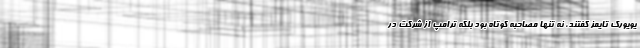
یویورک تایمز گفتند، نه تنها مصاحبه کوتاه بود بلکه ترامپ از شرکت در